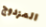
المزدوج